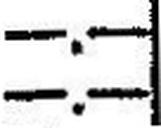
—.—